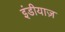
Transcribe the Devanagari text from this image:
इंडीयाज़